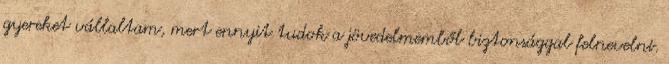
gyereket vállaltam, mert ennyit tudok a jövedelmemből biztonsággal felnevelni.